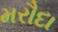
મરૌદા